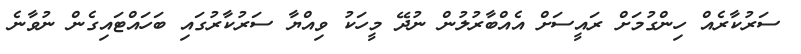
ސަރުކާރެއް ހިންގުމަށް ރައީސަށް އެއްބާރުލުން ނުދޭ މީހަކު ވިއްޔާ ސަރުކާރުގައި ބަހަައްޓައިގެން ނުވާނެ